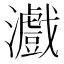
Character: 𤃪